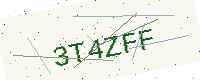
Text: 3T4ZFF